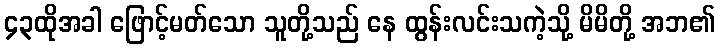
၄၃ထိုအခါ ဖြောင့်မတ်သော သူတို့သည် နေ ထွန်းလင်းသကဲ့သို့ မိမိတို့ အဘ၏